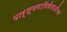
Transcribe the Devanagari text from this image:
पार्श्वगायिकेसाठीचा